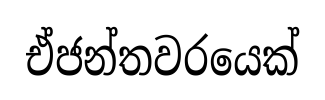
ඒජන්තවරයෙක්